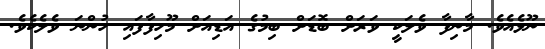
ނޫޅެއެވެ. މާނިފާ ވެލަކީ ވަރަށް ބޮޑަށް ބިމުގެ އަޑިއަށް މޫހިފާފައި ހުންނަ ވެލެކެވެ.